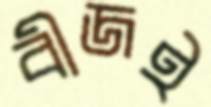
বীজই